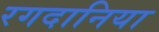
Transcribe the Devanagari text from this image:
रगदानिया